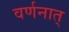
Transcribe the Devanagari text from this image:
वर्णनात्